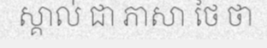
ស្គាល់ ជា ភាសា ថៃ ថា